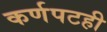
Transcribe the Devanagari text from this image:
कर्णपटही